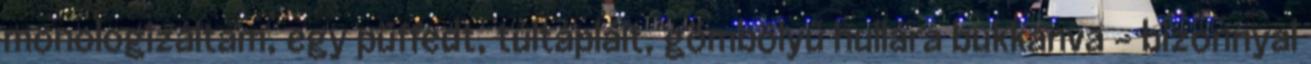
monologizáltam, egy püffedt, túltáplált, gömbölyű hullára bukkanva - bizonnyal